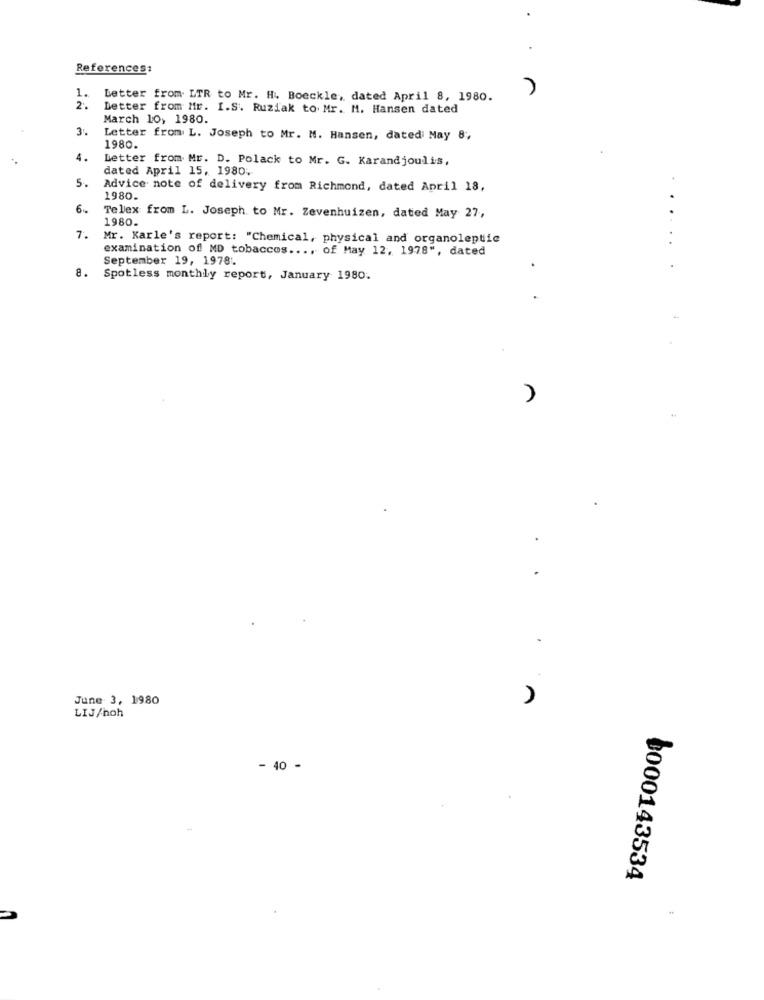
References:
1.
Letter from LTR to Mr. H. Boeckle, dated April 8, 1980.
2.
Detter from Mr. I.S. Ruziak to Mr. M. Hansen dated
March 10, 1980.
3.
Letter from L. Joseph to Mr. M. Hansen, dated May 8 ;,
1980.
4.
Letter from Mr. D. Polack to Mr. G. Karandjoulis,
dated April 15, 1980.
5.
Advice note of delivery from Richmond, dated April 18,
1980.
6.
Telex from L. Joseph to Mr. Zevenhuizen, dated May 27,
1980.
.....
7.
Mr. Karle's report: "Chemical, physical and organoleptic
examination of MD tobaccos .... of May 12, 1978", dated
September 19, 19781.
8. Spotless monthly report, January 1980.
.
June 3, 1980
LIJ/hoh
- 40 -
0000143534